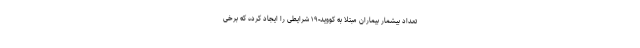
تعداد بیشمار بیماران مبتلا به کووید-۱۹ شرایطی را ایجاد کرده که برخی